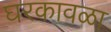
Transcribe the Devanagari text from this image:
घरकावळा